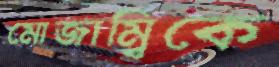
মোজাম্বিকে